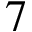
7